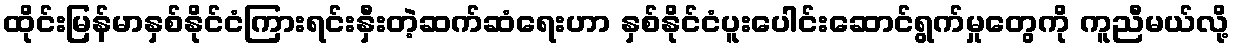
ထိုင်းမြန်မာနှစ်နိုင်ငံကြားရင်းနှီးတဲ့ဆက်ဆံရေးဟာ နှစ်နိုင်ငံပူးပေါင်းဆောင်ရွက်မှုတွေကို ကူညီမယ်လို့